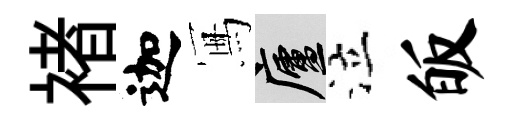
褚迦冩廬泣皈